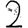
Digit: 2